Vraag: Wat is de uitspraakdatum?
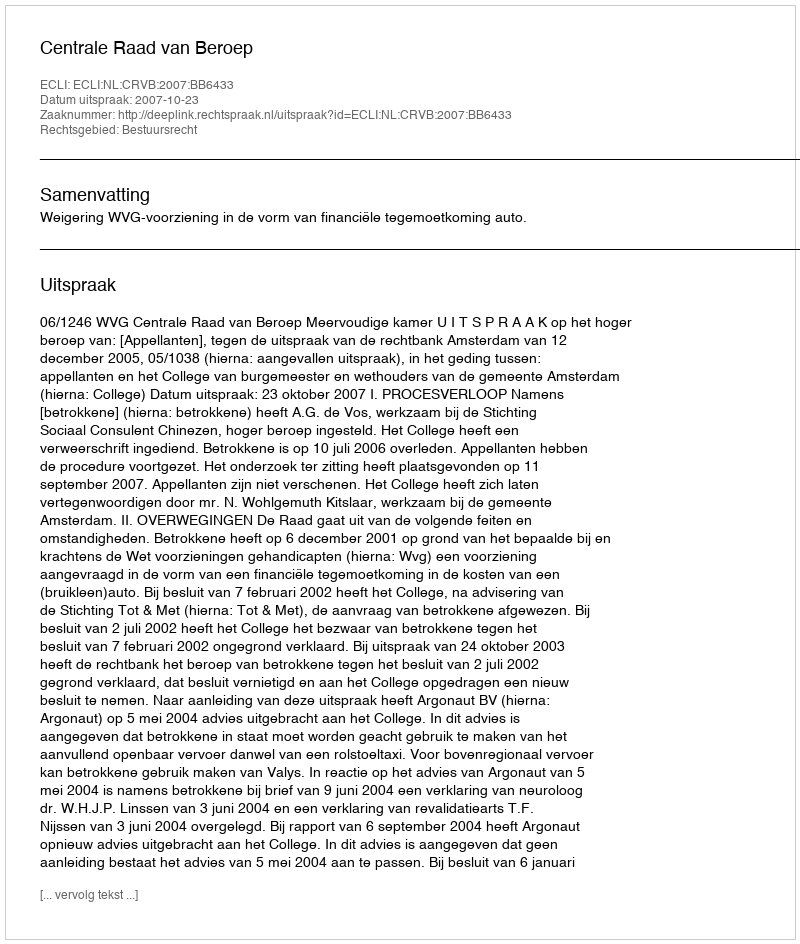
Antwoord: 2007-10-23